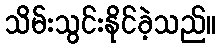
သိမ်းသွင်းနိုင်ခဲ့သည်။